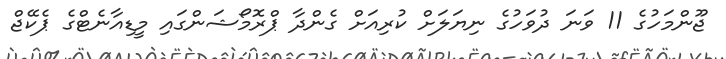
ޖޫންމަހުގެ 11 ވަނަ ދުވަހުގެ ނިޔަލަށް ކުރިއަށް ގެންދާ ޕްރޮމޯޝަންގައި މީޑިއާނެޓްގެ ޕެކޭޖް